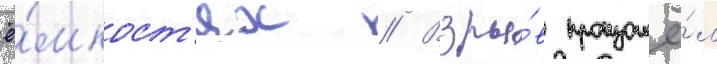
ё́мкост'ях // Взры́в произошё́л